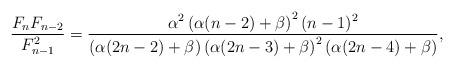
LaTeX: \begin{align*}\frac{F_nF_{n-2}}{F_{n-1}^2} =\frac{\alpha^2\left(\alpha(n-2)+\beta\right)^2(n-1)^2}{\left(\alpha(2n-2)+\beta\right)\left(\alpha(2n-3)+\beta\right)^2\left(\alpha(2n-4)+\beta\right)} ,\end{align*}